Report of the Imperial Institute of Veterinary Research, Muktesar
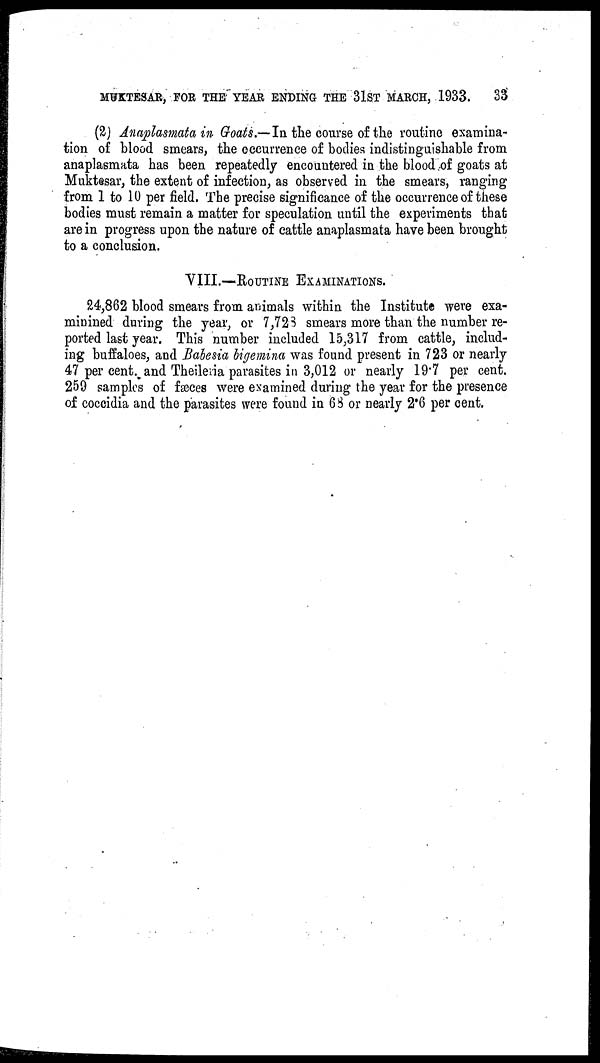
MUKTESAR, FOR THE YEAR ENDING THE 31ST MARCH, 1933.
33
(2) Anaplasmata in Goats.—In the course of the routine examina-
tion of blood smears, the occurrence of bodies indistinguishable from
anaplasmata has been repeatedly encountered in the blood of goats at
Muktesar, the extent of infection, as observed in the smears, ranging
from 1 to 10 per field. The precise significance of the occurrence of these
bodies must remain a matter for speculation until the experiments that
are in progress upon the nature of cattle anaplasmata have been brought
to a conclusion.
VIII.—ROUTINE EXAMINATIONS.
24,862 blood smears from animals within the Institute were exa-
minined during the year, or 7,728 smears more than the number re-
ported last year. This number included 15,317 from cattle, includ-
ing buffaloes, and Babesia bigemina was found present in 723 or nearly
47 per cent. and Theileria parasites in 3,012 or nearly 19.7 per cent.
259 samples of fæces were examined during the year for the presence
of coccidia and the parasites were found in 68 or nearly 2.6 per cent.